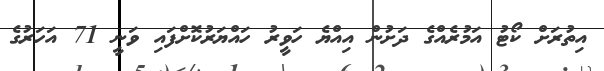
އިތުރަށް ކޯޓު އަމުރެއްގެ ދަށުން އިއްޔެ ހަވީރު ހައްޔަރުކޮށްފައި ވަނީ 71 އަހަރުގެ